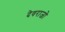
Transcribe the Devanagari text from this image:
देवराजो